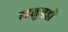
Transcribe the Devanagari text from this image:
म्हनुनही